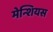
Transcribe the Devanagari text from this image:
मेन्शियस